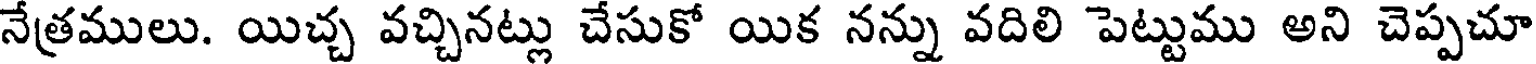
నేత్రములు. యిచ్చ వచ్చినట్లు చేసుకో యిక నన్ను వదిలి పెట్టుము అని చెప్పచూ